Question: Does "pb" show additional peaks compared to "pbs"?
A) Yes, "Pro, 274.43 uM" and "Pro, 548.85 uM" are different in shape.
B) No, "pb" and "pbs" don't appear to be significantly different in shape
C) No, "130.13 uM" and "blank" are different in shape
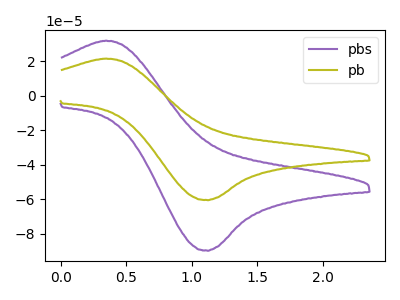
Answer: <think>The purple curve "pbs" has an anodic peak at (0.35V, 31.90uA) and a cathodic peak at (1.10V, -90.00uA). The olive curve "pb" has an anodic peak at (0.35V, 21.50uA) and a cathodic peak at (1.10V, -60.65uA).
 All the peaks in "pb" have a peak in "pbs" at the same potential. Every peak in "pb" is lower than every peak in "pbs".</think>
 <answer>B) No, "pb" and "pbs" don't appear to be significantly different in shape</answer>
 <eval>B</eval>